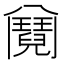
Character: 𩰕